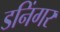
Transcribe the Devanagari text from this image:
डनिंगर